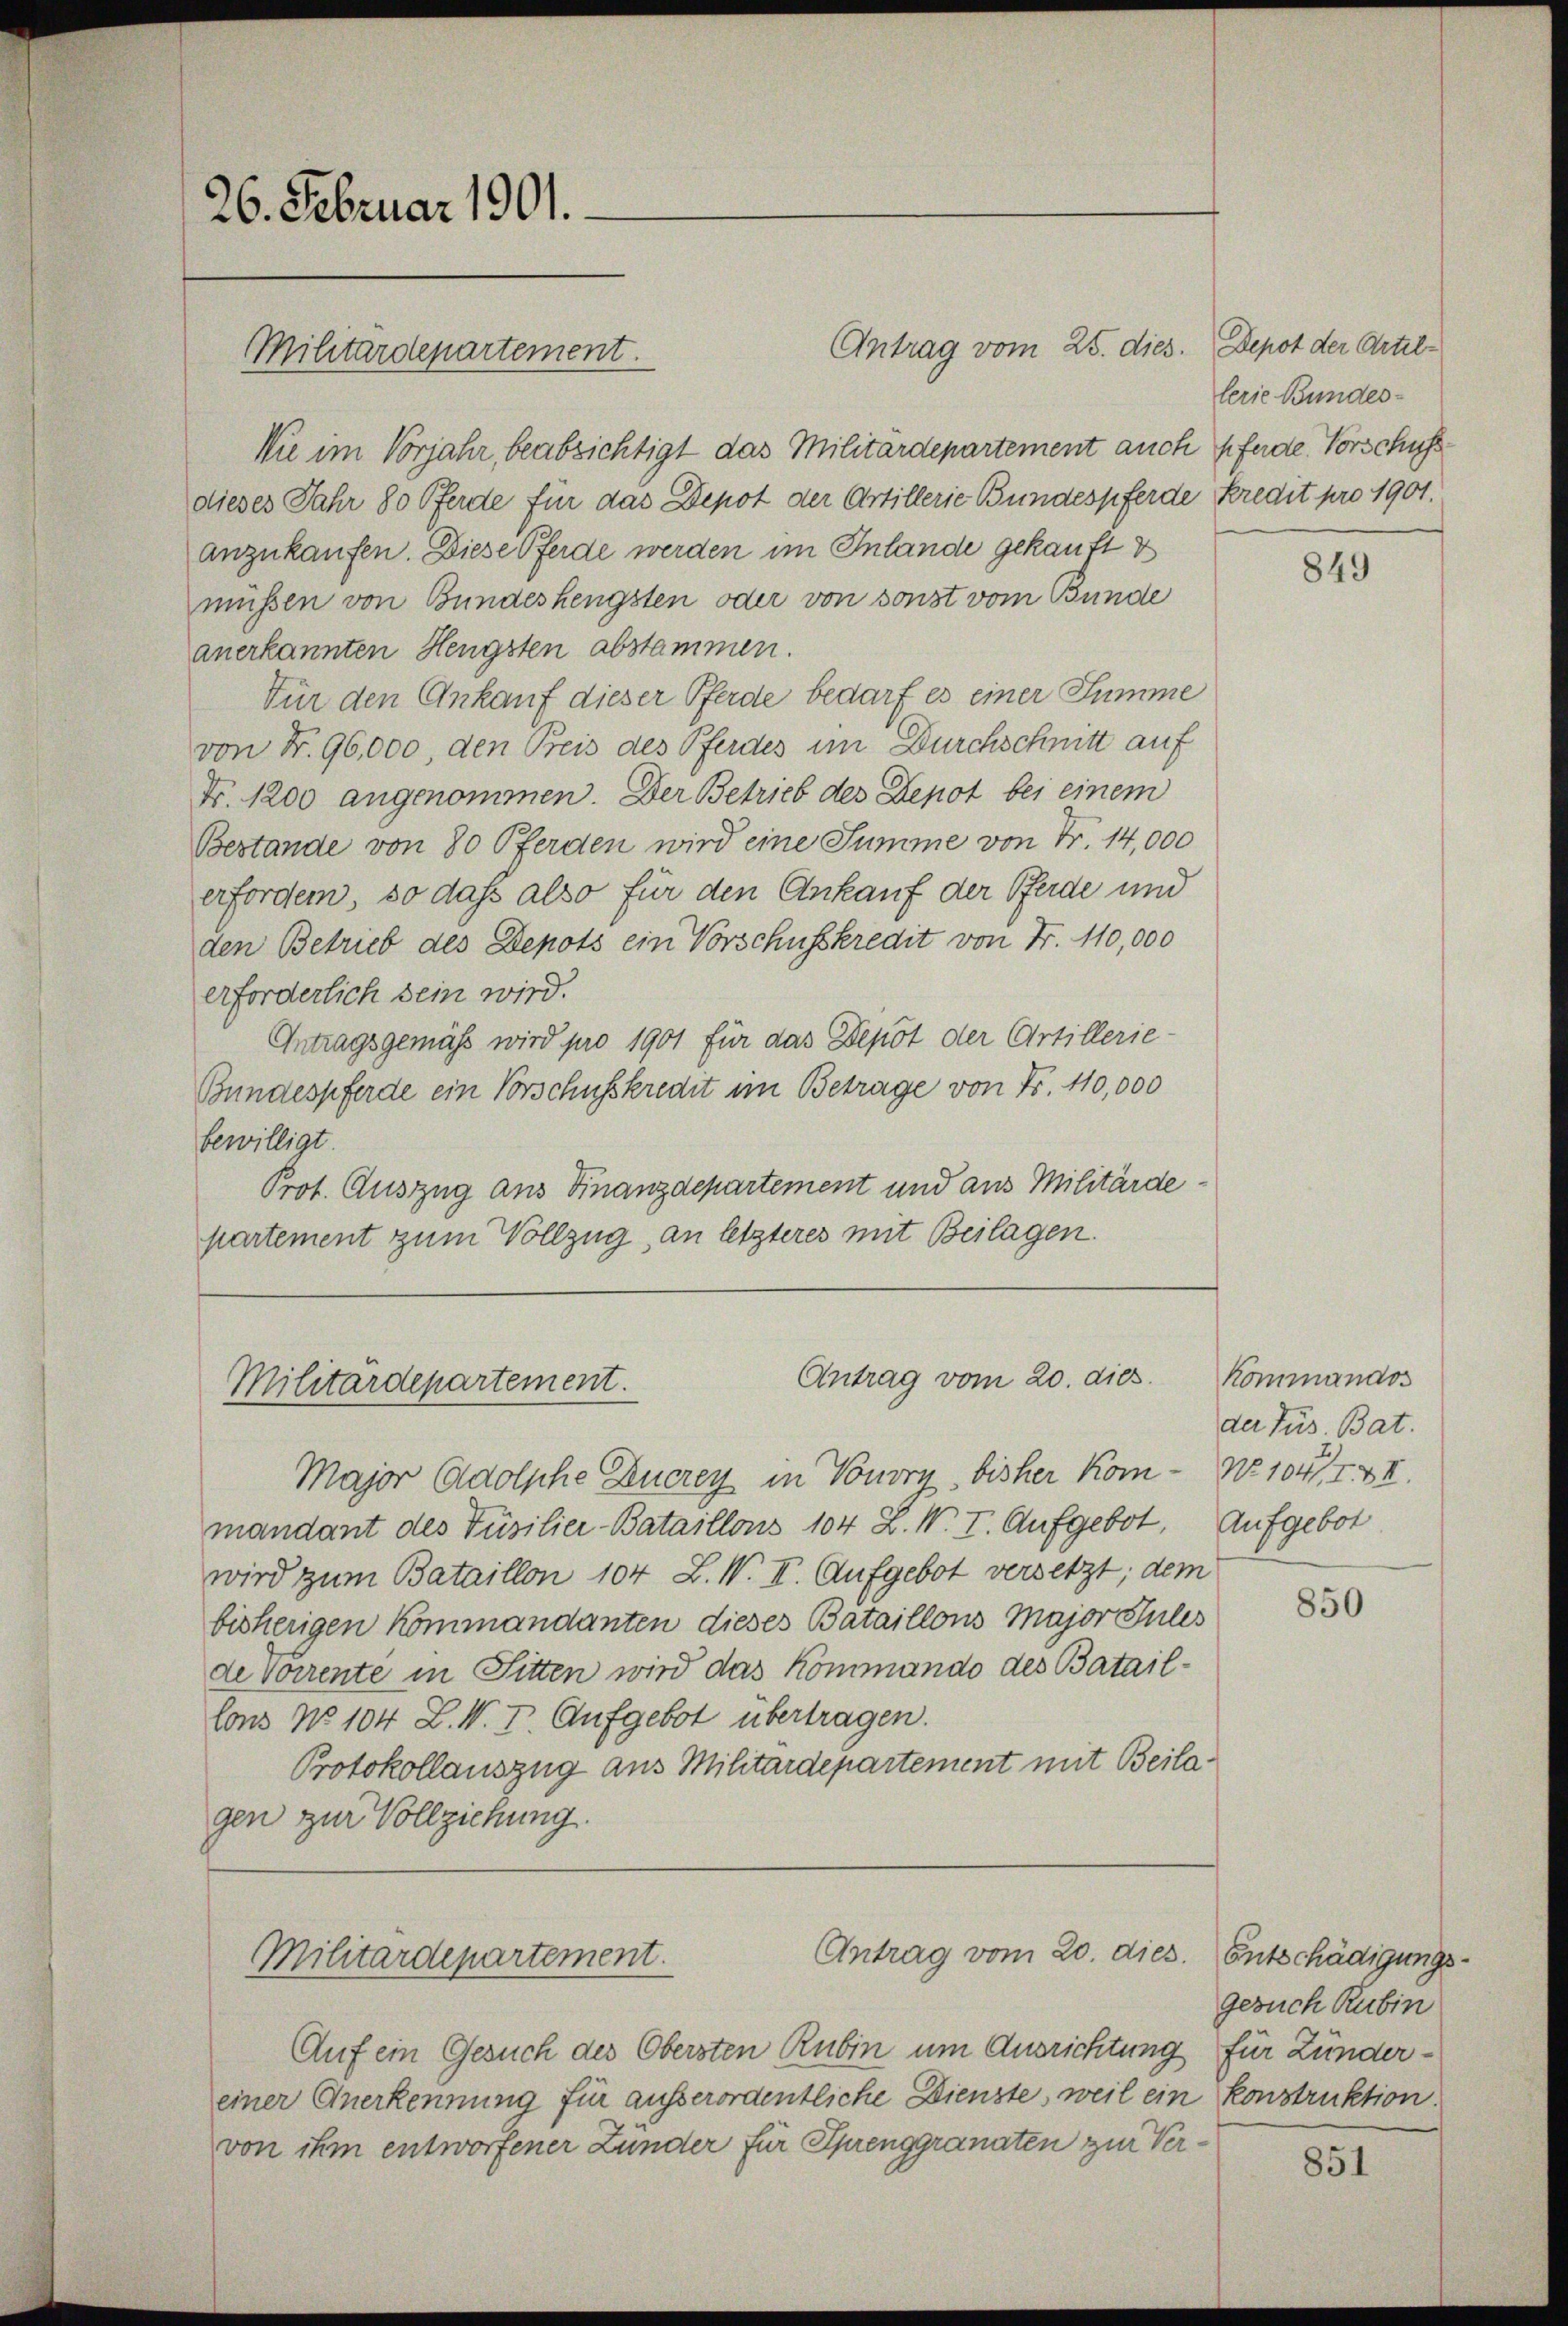
26. Februar 1901.

Wie im Vorjahr, beabsichtigt das Militärdepartement auch Pferde. Vorschuss
dieses Jahr 80 Pferde für das Depot der Artillerie Bundespferde Kredit pro 1901.
anzukaufen. Diese Pferde werden im Inlande gekauft &
müssen von Bundeshengsten oder von sonst vom Bunde
anerkannten Hengsten abstammen.
Für den Ankauf dieser Pferde bedarf es einer Summe
von Nr. 96,000, den Preis des Pferdes im Durchschnitt auf
Fr. 1200 angenommen. Der Betrieb des Depot bei einem
Bestande von 80 Pferden wird eine Summe von Fr. 14,000
erforden, so daß also für den Ankauf der Pferde und
den Betrieb des Depots ein Vorschusskredit von Fr. 110,000
erforderlich sein wird.
Antragsgemäss wird pro 1901 für das Depot der Artillerie-
Bundespferde ein Vorschusskredit im Betrage von N. 110,000
bewilligt.
Prot. Auszug aus Finanzdepartement und aus Militärdepartement zum Vollzug an letzteres mit Beilagen.

Militärdepartement.

Antrag vom 25. dies.

Antrag vom 20. dies
Militärdepartement.

Antrag vom 20. dies
Militärdepartement.

Major Adolphe Ducrey in Vouvry bisher Kom- No 1041, VII.
mandant des Füsilier-Bataillons 104 Z. W. I. Aufgebot. Aufgebot
wird zum Bataillon 104 L. W. II. Aufgebot versetzt; dem
bisherigen Kommandanten dieses Bataillons Major Julis
de Vorrente in Sitten wird das Kommando des Bataillons No 104 L. W. I. Aufgebot übertragen.
Protokollauszug aus Militärdepartement mit Beilagen zur Vollziehung.

Auf ein Gesuch des Obersten Rubin um Ausrichtung für Zündereiner Anerkennung für ausserordentliche Dienste, weil ein konstruktion
von ihm entworfener Lunder für Sprenggranaten zur Ver¬

Depot der Artillerie Bundes-

849

Kommandos
der Jus. Bat.

850

Entschädigungs-
gesuch Rubin

851